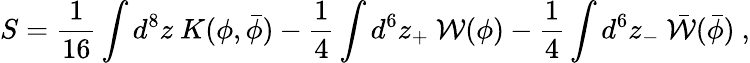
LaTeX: S=\frac{1}{16}\int d^{8}z\ K(\phi,{\bar{\phi}})-\frac{1}{4}\int d^{6}z_{+}\ {\mathcal W}(\phi)-\frac{1}{4}\int d^{6}z_{-}\ {\bar{\mathcal W}}({\bar{\phi}})\ ,